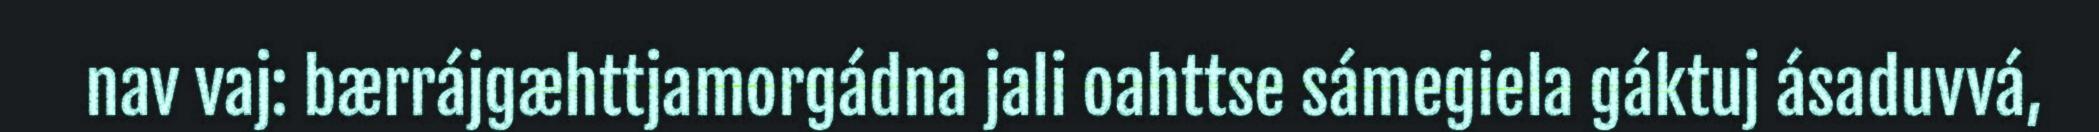
nav vaj: bærrájgæhttjamorgádna jali oahttse sámegiela gáktuj ásaduvvá,